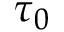
\tau _ { 0 }